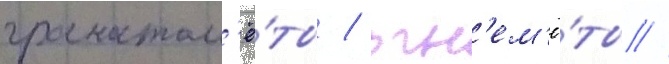
гранатом'ё́ты / огн'ем'ё́ты //